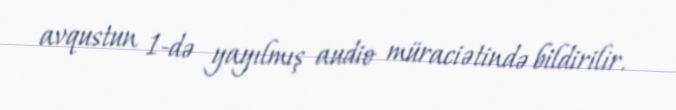
avqustun 1-də yayılmış audio müraciətində bildirilir.